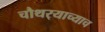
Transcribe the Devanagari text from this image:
चौथर्‍याच्याच